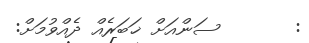
:       ސަންއަށް ޚަބަރެއް ދެއްވުމަށް: